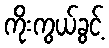
ကိုးကွယ်ခွင့်